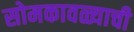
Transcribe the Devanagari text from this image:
सोमकावळ्याची